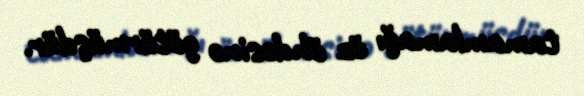
tamamlamağı öz öhdəsinə götürmüşdür.